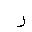
Letter: _ra